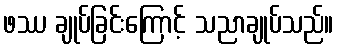
ဖဿ ချုပ်ခြင်းကြောင့် သညာချုပ်သည်။